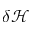
\delta \mathcal { H }